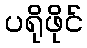
ပရိုဖိုင်